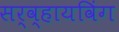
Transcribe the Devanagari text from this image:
सर्व्हायविंग